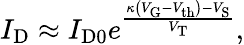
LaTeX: I_{\mathrm{D}}\approx I_{\mathrm{D0}}e^{\frac{\kappa\left(V_{\mathrm{G}}-V_{\mathrm{th}}\right)-V_{\mathrm{S}}}{V_{\mathrm{T}}}},